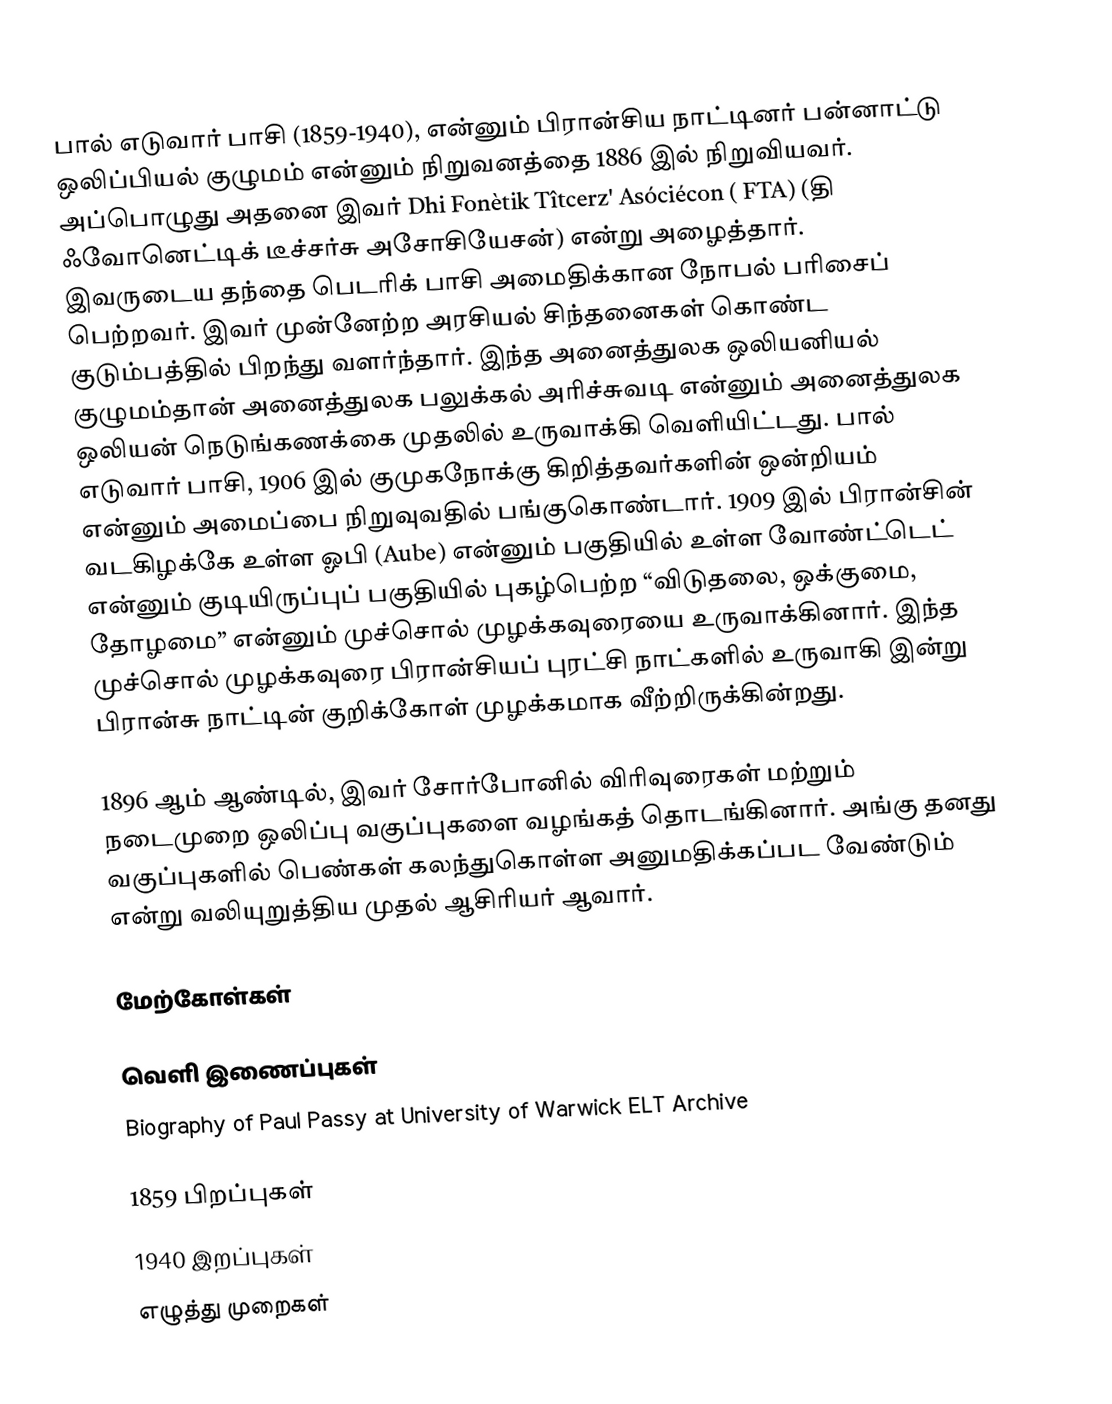
பால் எடுவார் பாசி (1859-1940), என்னும் பிரான்சிய நாட்டினர் பன்னாட்டு ஒலிப்பியல் குழுமம் என்னும் நிறுவனத்தை 1886 இல் நிறுவியவர். அப்பொழுது அதனை இவர் Dhi Fonètik Tîtcerz' Asóciécon ( FTA) (தி ஃவோனெட்டிக் டீச்சர்சு அசோசியேசன்)  என்று அழைத்தார். இவருடைய தந்தை பெடரிக் பாசி அமைதிக்கான நோபல் பரிசைப் பெற்றவர். இவர் முன்னேற்ற அரசியல் சிந்தனைகள் கொண்ட குடும்பத்தில் பிறந்து வளர்ந்தார். இந்த அனைத்துலக ஒலியனியல் குழுமம்தான் அனைத்துலக பலுக்கல் அரிச்சுவடி என்னும் அனைத்துலக ஒலியன் நெடுங்கணக்கை முதலில் உருவாக்கி வெளியிட்டது. பால் எடுவார் பாசி, 1906 இல் குமுகநோக்கு கிறித்தவர்களின் ஒன்றியம் என்னும் அமைப்பை நிறுவுவதில் பங்குகொண்டார். 1909 இல் பிரான்சின் வடகிழக்கே உள்ள ஓபி (Aube) என்னும் பகுதியில் உள்ள வோண்ட்டெட் என்னும் குடியிருப்புப் பகுதியில் புகழ்பெற்ற “விடுதலை, ஒக்குமை, தோழமை” என்னும் முச்சொல் முழக்கவுரையை உருவாக்கினார். இந்த முச்சொல் முழக்கவுரை பிரான்சியப் புரட்சி நாட்களில் உருவாகி இன்று பிரான்சு நாட்டின் குறிக்கோள் முழக்கமாக வீற்றிருக்கின்றது.

1896 ஆம் ஆண்டில், இவர் சோர்போனில் விரிவுரைகள் மற்றும் நடைமுறை ஒலிப்பு வகுப்புகளை வழங்கத் தொடங்கினார். அங்கு தனது வகுப்புகளில் பெண்கள் கலந்துகொள்ள அனுமதிக்கப்பட வேண்டும் என்று வலியுறுத்திய முதல் ஆசிரியர் ஆவார்.

மேற்கோள்கள்

வெளி இணைப்புகள்
 Biography of Paul Passy at University of Warwick ELT Archive

1859 பிறப்புகள்
1940 இறப்புகள்
எழுத்து முறைகள்